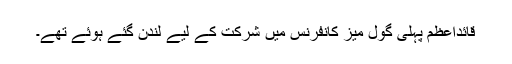
قائداعظم پہلی گول میز کانفرنس میں شرکت کے لیے لندن گئے ہوئے تھے۔